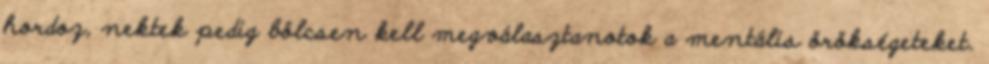
hordoz, nektek pedig bölcsen kell megválasztanotok a mentális örökségeteket.